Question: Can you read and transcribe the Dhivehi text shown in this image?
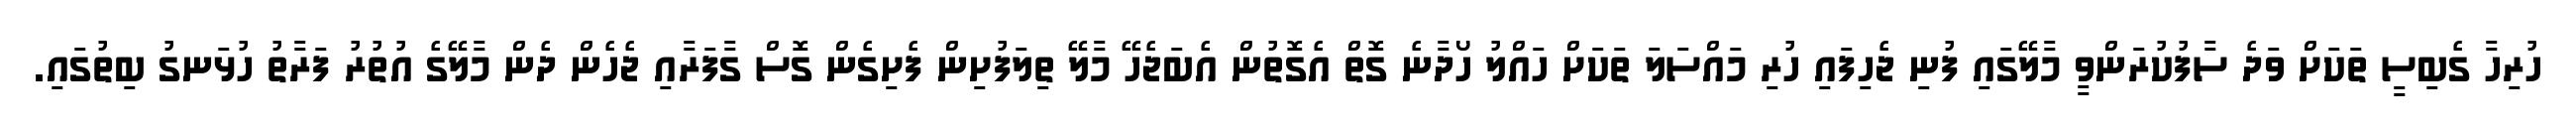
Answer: ހުރިހާ ގެބިސީ ތަކަށް ވަދެ ސާފުކުރަންވީ މާލޭގައި ފުނި ޖެހިފައި ހުރި މައްސަލަ ތަކަށް ހައްލު ހޯދާނެ ގޮތް އެގޮތުން އެބަޖެހޭ މާލޭ ތިލަފުށިން ފެށިގެން ގޮސް ގާފަރާއި ޖެހެން ދެން މާލޭގެ އުތުރު ފަރާތު ހުޅަނގު ބިތުގައި.